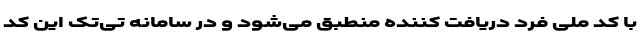
با کد ملی فرد دریافت کننده منطبق می‌شود و در سامانه‌ تی‌تک این کد